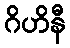
ဂိဟိနီ